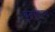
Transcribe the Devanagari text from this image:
श्रुतस्कन्ध